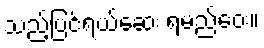
သည့်ပြင်ရယ်ဆေး ရမည်ဝေး။